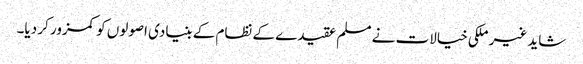
شاید غیر ملکی خیالات نے مسلم عقیدے کے نظام کے بنیادی اصولوں کو کمزور کر دیا۔